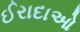
ઈરાદાઓ